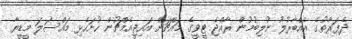
ދެފަރާތުގެ އެއްބާރުލު ނުލިބުމުން ރާއްޖެ ޓީވީގެ މައްޗަށް އައިޖީއެމްޗުން ހުށަހެޅި މައްސަލަ މީޑީޔާ